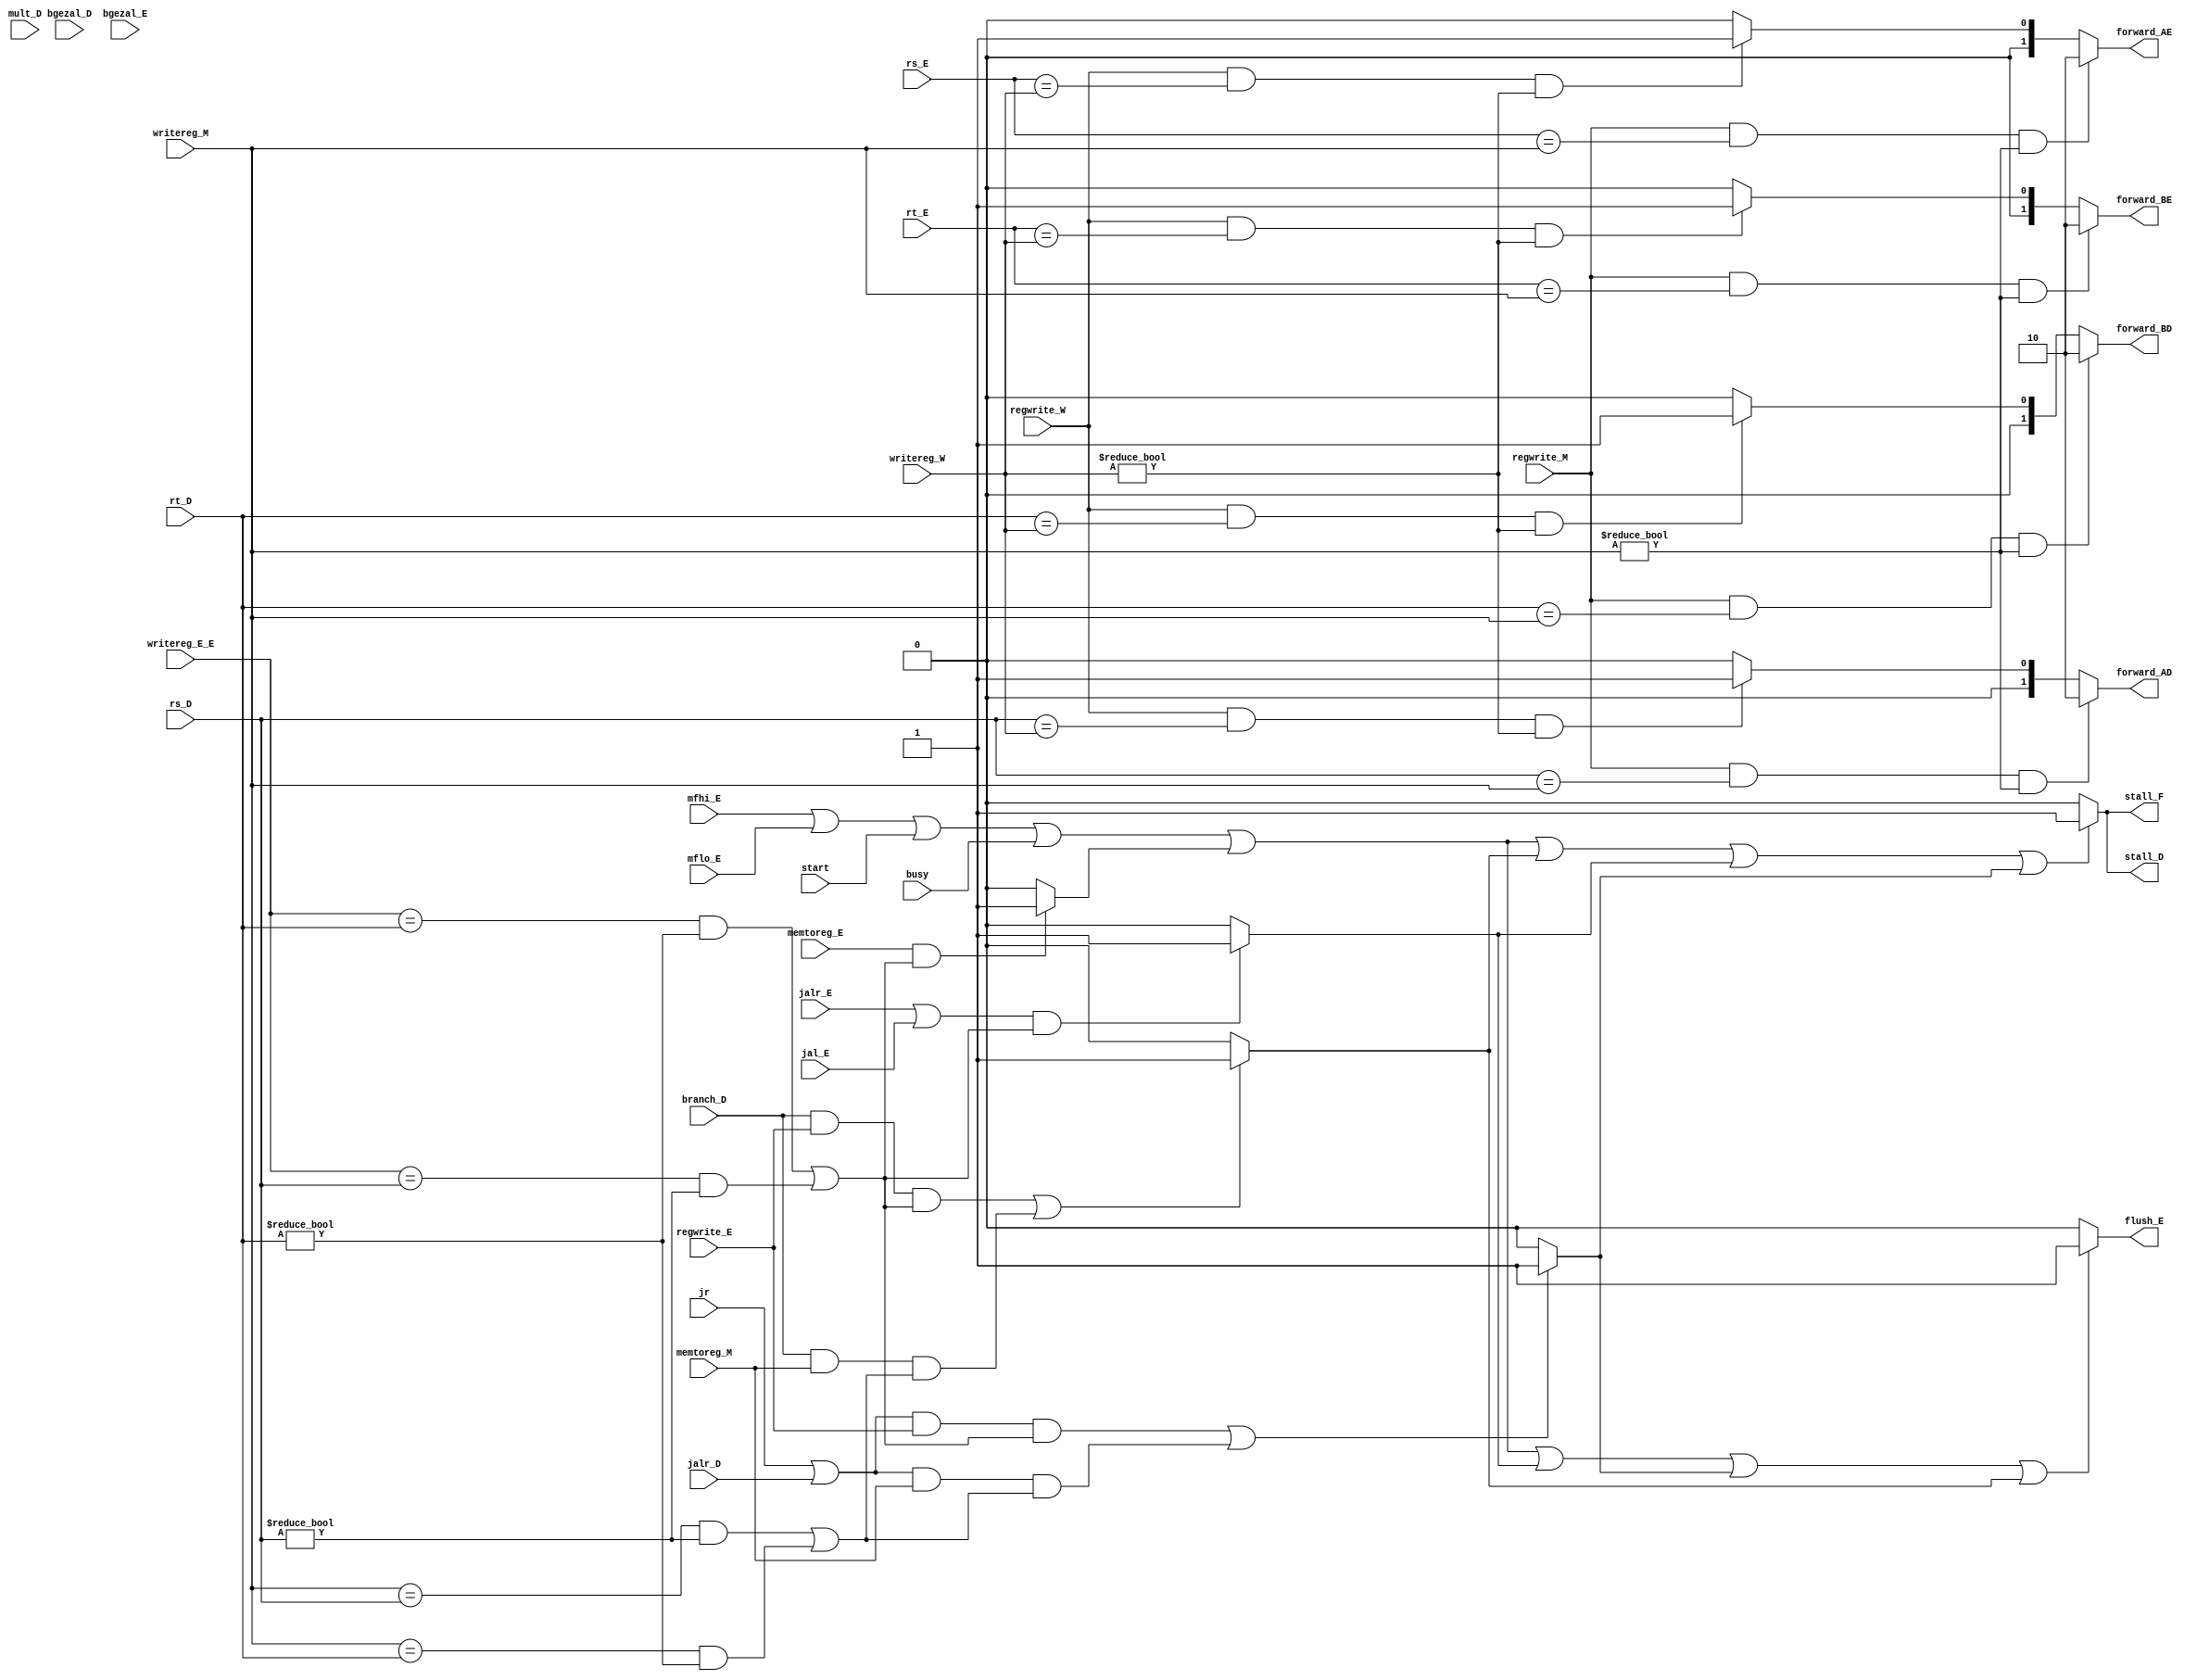
`timescale 1ns / 1ps
//////////////////////////////////////////////////////////////////////////////////
// Company: 
// Engineer: 
// 
// Design Name: 
// Module Name:    hushgai 
// Project Name: 
// Target Devices: 
// Tool versions: 
// Description: 
//
// Dependencies: 
//
// Revision: 
// Revision 0.01 - File Created
// Additional Comments: 
//
//////////////////////////////////////////////////////////////////////////////////
module hushgai(
    input [4:0] rs_E,
    input [4:0] rt_E,
    input [4:0] writereg_M,
    input [4:0] writereg_W,
	 input [4:0] writereg_E_E,
    input regwrite_E,
    input regwrite_M,
    input regwrite_W,
    input memtoreg_E,
    input memtoreg_M,
    input [4:0] rs_D,
    input [4:0] rt_D,
    input branch_D,
	 input jal_E,
	 input jr,
	 input jalr_D,
	 input jalr_E,
	 input bgezal_D,
	 input bgezal_E,
	 input mult_D,
	 input busy,
	 input start,
	 input mflo_E,
	 input mfhi_E,
    output flush_E,
    output [1:0] forward_AD,
    output [1:0] forward_BD,
	 output [1:0] forward_AE,
    output [1:0] forward_BE,
	 output stall_F,
    output stall_D
	 );
	 assign forward_AE = (regwrite_M&&(rs_E==writereg_M)&&(writereg_M!=0))? 2'b10 : //writereg_M
								(regwrite_W&&(rs_E==writereg_W)&&(writereg_W!=0))? 2'b01 : 2'b00;
	 assign forward_BE = (regwrite_M&&(rt_E==writereg_M)&&(writereg_M!=0))? 2'b10 : 
								(regwrite_W&&(rt_E==writereg_W)&&(writereg_W!=0))? 2'b01 : 2'b00;	
	 assign forward_AD = (regwrite_M&&(rs_D==writereg_M)&&(writereg_M!=0))? 2'b10 : 
								(regwrite_W&&(rs_D==writereg_W)&&(writereg_W!=0))? 2'b01 : 2'b00;
	 assign forward_BD = (regwrite_M&&(rt_D==writereg_M)&&(writereg_M!=0))? 2'b10 : 
								(regwrite_W&&(rt_D==writereg_W)&&(writereg_W!=0))? 2'b01 : 2'b00;
	 assign lw_stall = (memtoreg_E&&((writereg_E_E==rt_D&&rt_D!=0)||(writereg_E_E==rs_D&&rs_D!=0)))? 1:0;
	 assign jal_stall = ((jalr_E||jal_E)&&((writereg_E_E==rt_D&&rt_D!=0) ||(writereg_E_E==rs_D&&rs_D!=0)))?1:0;
	 assign branch_stall = ((branch_D&&regwrite_E&&((writereg_E_E==rs_D&&rs_D!=0)||(writereg_E_E==rt_D&&rt_D!=0)))||(branch_D&&memtoreg_M&&((writereg_M==rs_D&&rs_D!=0)||(writereg_M==rt_D&&rt_D!=0))))?1:0;
	 assign jr_stall = (((jr||jalr_D)&&regwrite_E&&((writereg_E_E==rs_D&&rs_D!=0)||(writereg_E_E==rt_D&&rt_D!=0)))||((jr||jalr_D)&&memtoreg_M&&((writereg_M==rs_D&&rs_D!=0)||(writereg_M==rt_D&&rt_D!=0))))?1:0;////D,jr
	 assign stall_F = ((mfhi_E)||(mflo_E)||(start)||(busy)||(lw_stall) || (branch_stall)||(jal_stall)||jr_stall)?1:0;///||jr_stall
	 assign stall_D = ((mfhi_E)||(mflo_E)||(start)||(busy)||(lw_stall) || (branch_stall)||(jal_stall)||jr_stall)?1:0;
	 assign flush_E =  ((mfhi_E)||(mflo_E)||(start)||(busy)||(lw_stall) ||(jal_stall)||(jr_stall)||(branch_stall))?1:0;//branch
	 //assign jalr_stall = ((jalr&&regwrite_E&&((writereg_E==rs_D&&rs_D!=0)||(writereg_E==rt_D&&rt_D!=0)))||(jalr&&memtoreg_M&&((writereg_M==rs_D&&rs_D!=0)||(writereg_M==rt_D&&rt_D!=0))))?1:0;
	 //assign bgezal_stall = (((bgezal_D&&regwrite_E&&((writereg_E_E==rs_D&&rs_D!=0)||(writereg_E_E==rt_D&&rt_D!=0)))||(bgezal_D&&memtoreg_M&&((writereg_M==rs_D&&rs_D!=0)||(writereg_M==rt_D&&rt_D!=0))))||(bgezal_E&&((writereg_E_E==rt_D&&rt_D!=0) ||(writereg_E_E==rs_D&&rs_D!=0))))?1:0;
	 
	 


endmodule